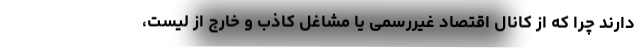
دارند چرا که از کانال اقتصاد غیررسمی یا مشاغل کاذب و خارج از لیست،